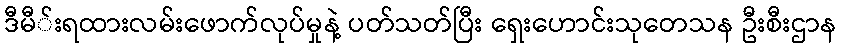
ဒီမီ်းရထားလမ်းဖောက်လုပ်မှုနဲ့ ပတ်သတ်ပြီး ရှေးဟောင်းသုတေသန ဦးစီးဌာန